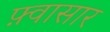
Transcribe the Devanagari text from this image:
फ़्वासार